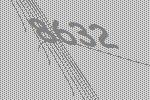
8632